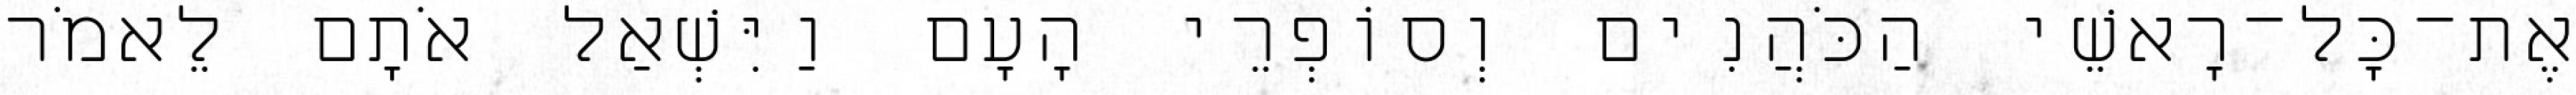
אֶת־כָּל־רָאשֵׁי הַכֹּהֲנִים וְסוֹפְרֵי הָעָם וַיִּשְׁאַל אֹתָם לֵאמֹר